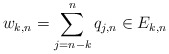
\begin{align*}w_{k,n} = \sum_{j=n-k}^n q_{j,n} \in E_{k,n}\end{align*}